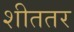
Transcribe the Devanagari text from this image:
शीततर